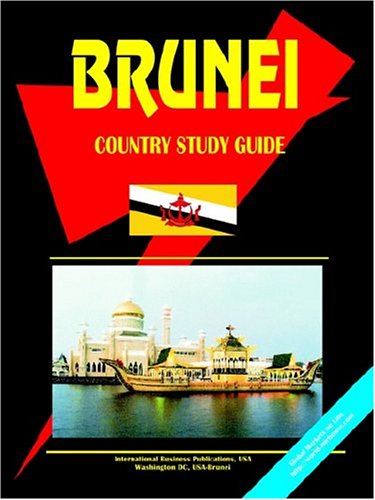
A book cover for Brunei: Country Study Guide; Ibp Usa; Travel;